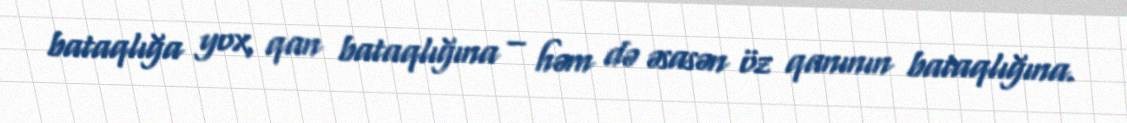
bataqlığa yox, qan bataqlığına – həm də əsasən öz qanının bataqlığına.